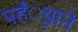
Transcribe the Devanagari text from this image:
पहँुचाने